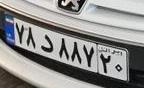
۷۸د۸۸۷۲۰